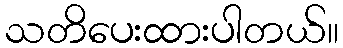
သတိပေးထားပါတယ်။